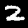
Digit: 2